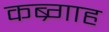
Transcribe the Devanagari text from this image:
कब्र्गाह